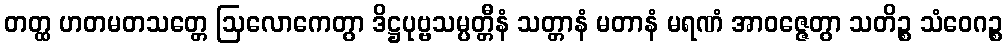
တတ္ထ ဟတမတသတ္တေ ဩလောကေတွာ ဒိဋ္ဌပုဗ္ဗသမ္ပတ္တီနံ သတ္တာနံ မတာနံ မရဏံ အာဝဇ္ဇေတွာ သတိဉ္စ သံဝေဂဉ္စ